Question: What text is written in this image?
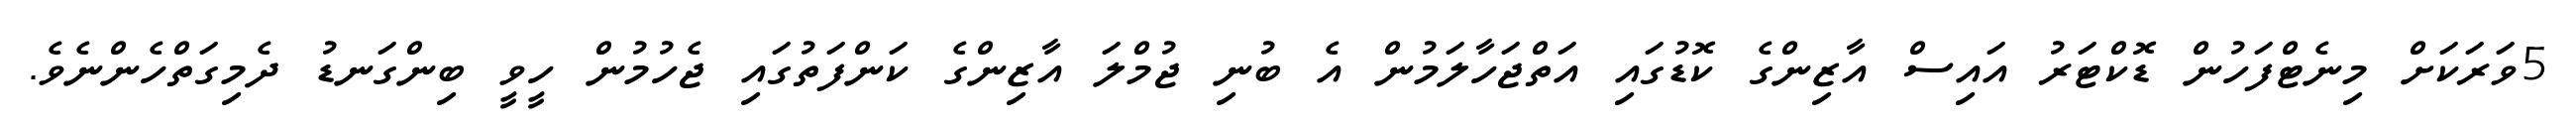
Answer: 5ވަރަކަށް މިނެޓްފަހުން ޑޮކްޓަރު އައިސް އާޒިންގެ ކޮޑުގައި އަތްޖަހާލަމުން އެ ބުނި ޖުމްލަ އާޒިންގެ ކަންފަތުގައި ޖެހުމުން ހީވީ ބިންގަނޑު ދެމިގަތްހެންނެވެ.